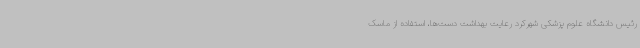
رئیس دانشگاه علوم پزشکی شهرکرد رعایت بهداشت دست‌ها، استفاده از ماسک